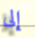
إلى